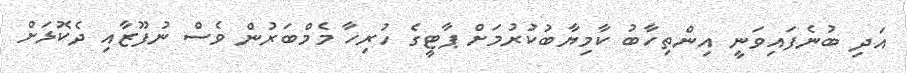
އަދި ބުނެފައިވަނީ އިންތިހާބު ކާމިޔާބުކުރުމަށް ޕާޓީގެ ހުރިހާ މެމްބަރުން ވެސް ނުފޫޒާއި ދެކޮޅަށް